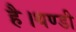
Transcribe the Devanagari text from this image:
है।थण्डी